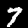
Label: 7